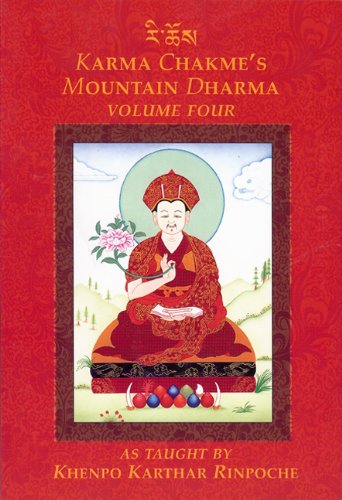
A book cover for Karma Chakme's Mountain Dharma As Taught by Khenpo Karthar Rinpoche, Volume Four; Khenpo Karthar Rinpoche; Religion & Spirituality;